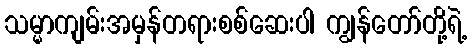
သမ္မာကျမ်းအမှန်တရားစစ်ဆေးပါ ကျွန်တော်တို့ရဲ့